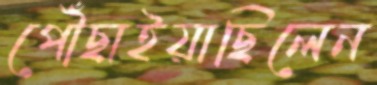
পৌঁছাইয়াছিলেন